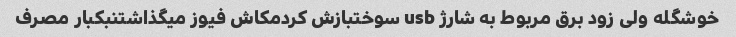
خوشگله ولی زود برق مربوط به شارژ usb سوختبازش کردمکاش فیوز میگذاشتنبکبار مصرف